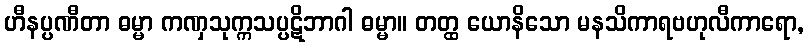
ဟီနပ္ပဏီတာ ဓမ္မာ ကဏှသုက္ကသပ္ပဋိဘာဂါ ဓမ္မာ။ တတ္ထ ယောနိသော မနသိကာရဗဟုလီကာရော,